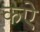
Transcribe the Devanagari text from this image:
कऐ